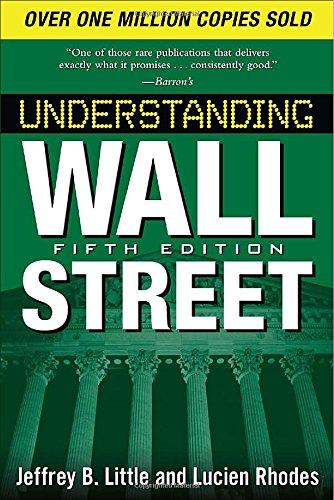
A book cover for Understanding Wall Street, Fifth Edition; Jeffrey Little; Business & Money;